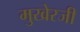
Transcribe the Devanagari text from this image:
मुखेरजी